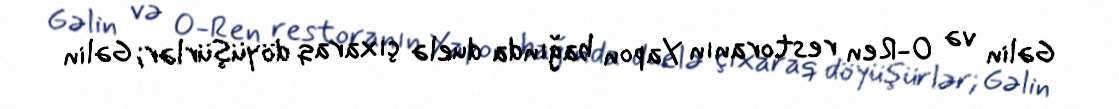
Gəlin və O-Ren restoranın Yapon bağında duelə çıxaraq döyüşürlər; Gəlin